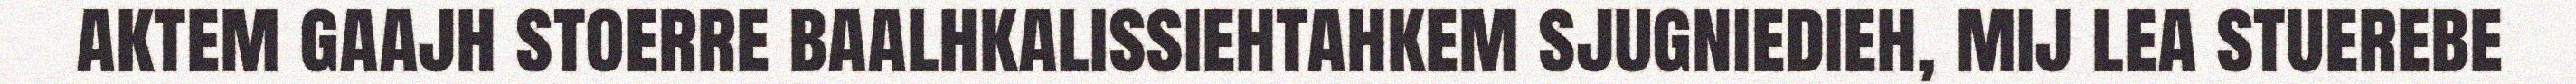
aktem gaajh stoerre baalhkalissiehtahkem sjugniedieh, mij lea stuerebe